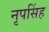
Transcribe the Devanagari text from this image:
नृपसिंह